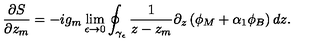
\frac { \partial S } { \partial z _ { m } } = - i g _ { m } \lim _ { \epsilon \rightarrow 0 } \oint _ { \gamma _ { \epsilon } } \frac { 1 } { z - z _ { m } } \partial _ { z } \left( \phi _ { M } + \alpha _ { 1 } \phi _ { B } \right) d z .